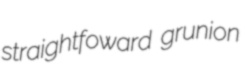
straightfoward grunion